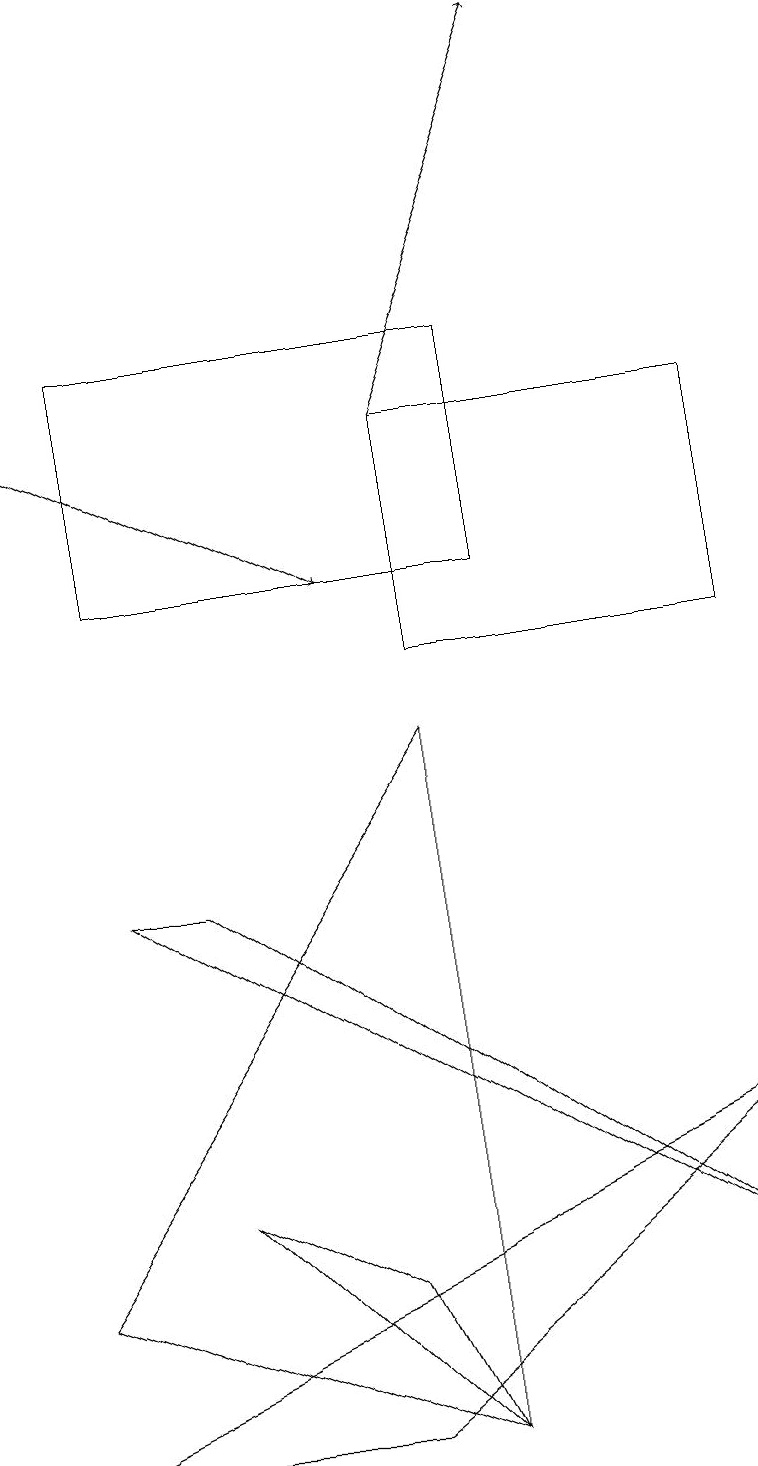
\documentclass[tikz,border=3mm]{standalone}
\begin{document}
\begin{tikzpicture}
\draw (9,10) rectangle (5,13);
\draw[->] (0,13) -- (4,11);
\draw (9,2) -- (2,7) -- (1,7) -- cycle;
\draw (5,0) -- (0,2) -- (5,9) -- cycle;
\draw (6,11) rectangle (1,14);
\draw (4,0) -- (9,4) -- (0,0) -- cycle;
\draw (2,3) -- (4,2) -- (5,0) -- cycle;
\draw[->] (5,13) -- (7,18);
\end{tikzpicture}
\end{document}